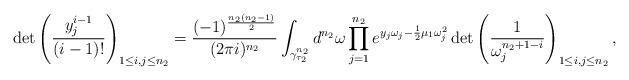
\begin{align*}\det\left(\frac{y_j^{i-1}}{(i-1)!}\right)_{1\le i,j\le n_2}=\frac{(-1)^{\frac{n_2(n_2-1)}2}} {(2\pi i)^{n_2}}\int_{\gamma_{\tau_2}^{n_2}}d^{n_2}\omega\prod\limits_{j=1}^{n_2}e^{y_j\omega_j-\frac 12\mu_1\omega_j^2}\det\left(\frac 1{\omega_j^{n_2+1-i}}\right)_{1\le i,j\le n_2},\end{align*}